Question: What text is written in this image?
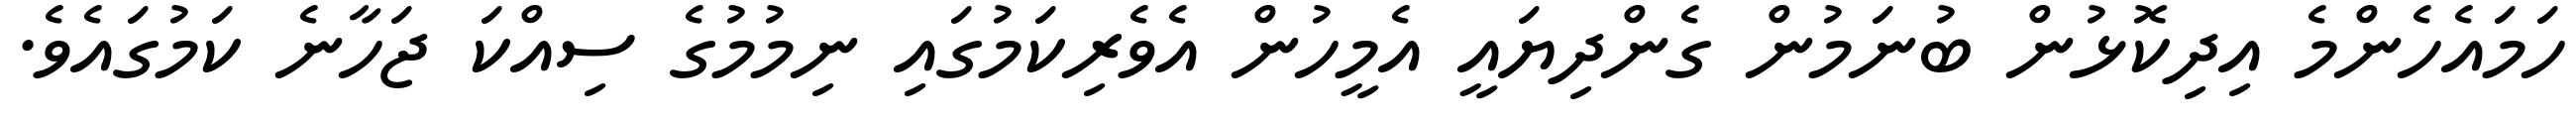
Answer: ހަމައެހެންމެ އިދިކޮޅުން ބުނަމުން ގެންދިޔައީ އެމީހުން އެވެރިކަމުގައި ނިމުމުގެ ސިއްކަ ޖަހާނެ ކަމުގައެވެ.